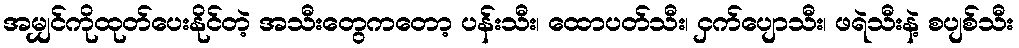
အမျှင်ကိုထုတ်ပေးနိုင်တဲ့ အသီးတွေကတော့ ပန်းသီး၊ ထောပတ်သီး၊ ငှက်ပျောသီး၊ ဖရဲသီးနဲ့ စပျစ်သီး